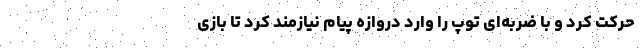
حرکت کرد و با ضربه‌ای توپ را وارد دروازه پیام نیازمند کرد تا بازی